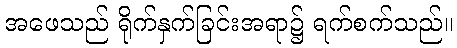
အဖေသည် ရိုက်နှက်ခြင်းအရာ၌ ရက်စက်သည်။